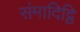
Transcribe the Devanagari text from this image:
संमादिट्ठि